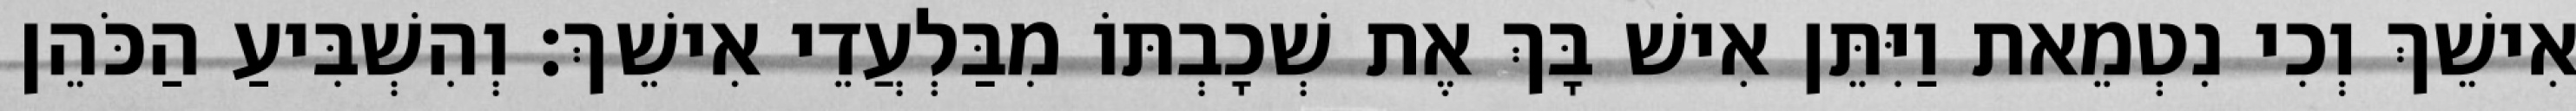
אִישֵׁךְ וְכִי נִטְמֵאת וַיִּתֵּן אִישׁ בָּךְ אֶת שְׁכָבְתּוֹ מִבַּלְעֲדֵי אִישֵׁךְ׃ וְהִשְׁבִּיעַ הַכֹּהֵן